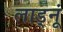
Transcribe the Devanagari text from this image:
लाड्नूं